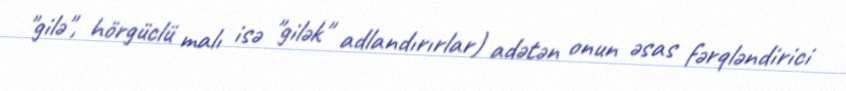
"gilə", hörgüclü malı isə "gilək" adlandırırlar) adətən onun əsas fərqləndirici